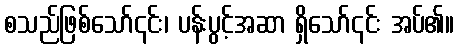
စသည်ဖြစ်သော်၎င်း၊ ပန်းပွင့်အဆာ ရှိသော်၎င်း အပ်၏။